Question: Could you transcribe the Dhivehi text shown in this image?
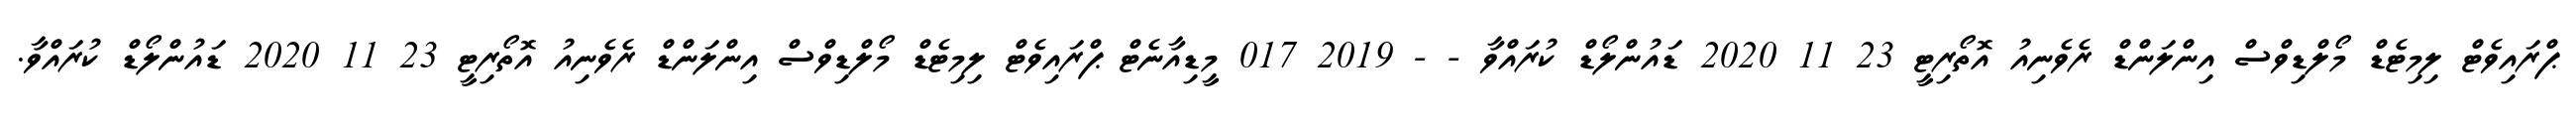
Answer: ޕްރައިވެޓް ލިމިޓެޑް މޯލްޑިވްސް އިންލަންޑް ރެވެނިއު އޮތޯރިޓީ 23 11 2020 ޑައުންލޯޑް ކުރައްވާ - - 2019 017 މީޑިއާނެޓް ޕްރައިވެޓް ލިމިޓެޑް މޯލްޑިވްސް އިންލަންޑް ރެވެނިއު އޮތޯރިޓީ 23 11 2020 ޑައުންލޯޑް ކުރައްވާ.